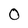
Character: 0